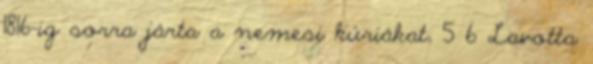
1816-ig sorra járta a nemesi kúriákat, 5 6 Lavotta